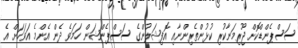
ސަސްޕެންޑްކޮށް ޖޫރިމަނާކުރި ކުޅުންތެރިންނާއި އޮފިޝަލުންގެ ސަސްޕެންޝަން ހަމަވެ ދެން އެންމެ އަވަހަށް އެ